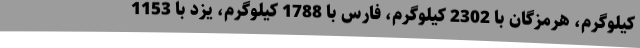
کیلوگرم، هرمزگان با 2302 کیلوگرم، فارس با 1788 کیلوگرم، یزد با 1153